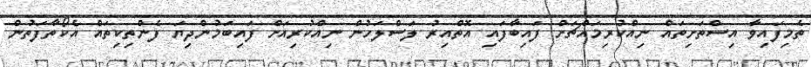
ތެމިފައިވާ އިސްތަށިތައް ނިއްކުރިމައްޗަށް ފައިބާފައި އޮތްއިރު ލަސްލަހުން ނިއްކުރިއަށް ފައިބަމުންދިޔަ ފެންތިކިތައް އެކޯތާފަތުން